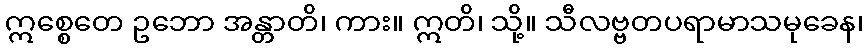
ဣစ္စေတေ ဥဘော အန္တာတိ၊ ကား။ ဣတိ၊ သို့။ သီလဗ္ဗတပရာမာသမုခေန၊